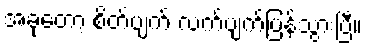
အခုတော့ စိတ်ပျက် လက်ပျက်ပြန်သွားပြီ။